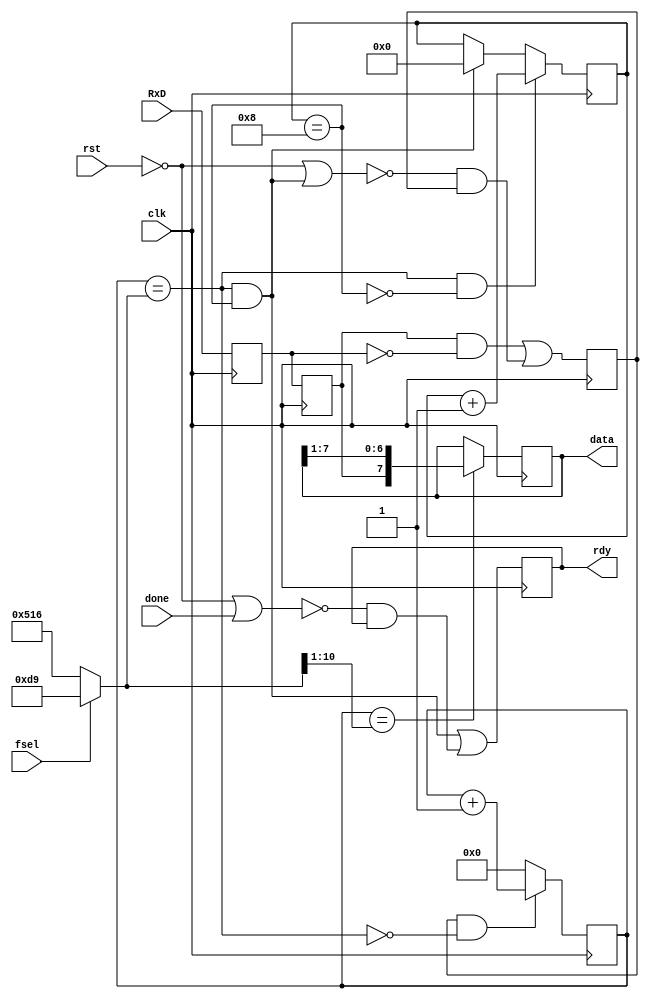
`timescale 1ns / 1ps  

/*Project Oberon, Revised Edition 2013

Book copyright (C)2013 Niklaus Wirth and Juerg Gutknecht;
software copyright (C)2013 Niklaus Wirth (NW), Juerg Gutknecht (JG), Paul
Reed (PR/PDR).

Permission to use, copy, modify, and/or distribute this software and its
accompanying documentation (the "Software") for any purpose with or
without fee is hereby granted, provided that the above copyright notice
and this permission notice appear in all copies.

THE SOFTWARE IS PROVIDED "AS IS" AND THE AUTHORS DISCLAIM ALL WARRANTIES
WITH REGARD TO THE SOFTWARE, INCLUDING ALL IMPLIED WARRANTIES OF
MERCHANTABILITY, FITNESS AND NONINFRINGEMENT.  IN NO EVENT SHALL THE
AUTHORS BE LIABLE FOR ANY CLAIM, SPECIAL, DIRECT, INDIRECT, OR
CONSEQUENTIAL DAMAGES OR ANY DAMAGES OR LIABILITY WHATSOEVER, WHETHER IN
AN ACTION OF CONTRACT, TORT OR OTHERWISE, ARISING FROM, OUT OF OR IN
CONNECTION WITH THE DEALINGS IN OR USE OR PERFORMANCE OF THE SOFTWARE.*/

// NW 4.5.09 / 15.11.10
// RS232 receiver for 19200 or 115200 bps, 8 bit data
// clock is 25 MHz


module RS232R(
    input clk, rst,
	 input RxD,
    input fsel,
    input done,   // "byte has been read"
    output rdy,
    output [7:0] data);

wire endtick, midtick, endbit;
wire [11:0] limit;
reg run, stat;
reg Q0, Q1;  // synchronizer and edge detector
reg [11:0] tick;
reg [3:0] bitcnt;
reg [7:0] shreg;

assign limit = fsel ? 217 : 1302;
assign endtick = tick == limit;
assign midtick = tick == {1'b0, limit[11:1]};  // limit/2
assign endbit = bitcnt == 8;
assign data = shreg;
assign rdy = stat;

always @ (posedge clk) begin
  Q0 <= RxD; Q1 <= Q0;
  run <= (Q1 & ~Q0) | ~(~rst | endtick & endbit) & run;
  tick <= (run & ~endtick) ? tick+1 : 0;
  bitcnt <= (endtick & ~endbit) ? bitcnt + 1 :
    (endtick & endbit) ? 0 : bitcnt;
  shreg <= midtick ? {Q1, shreg[7:1]} : shreg;
  stat <= (endtick & endbit) | ~(~rst | done) & stat;
end
endmodule